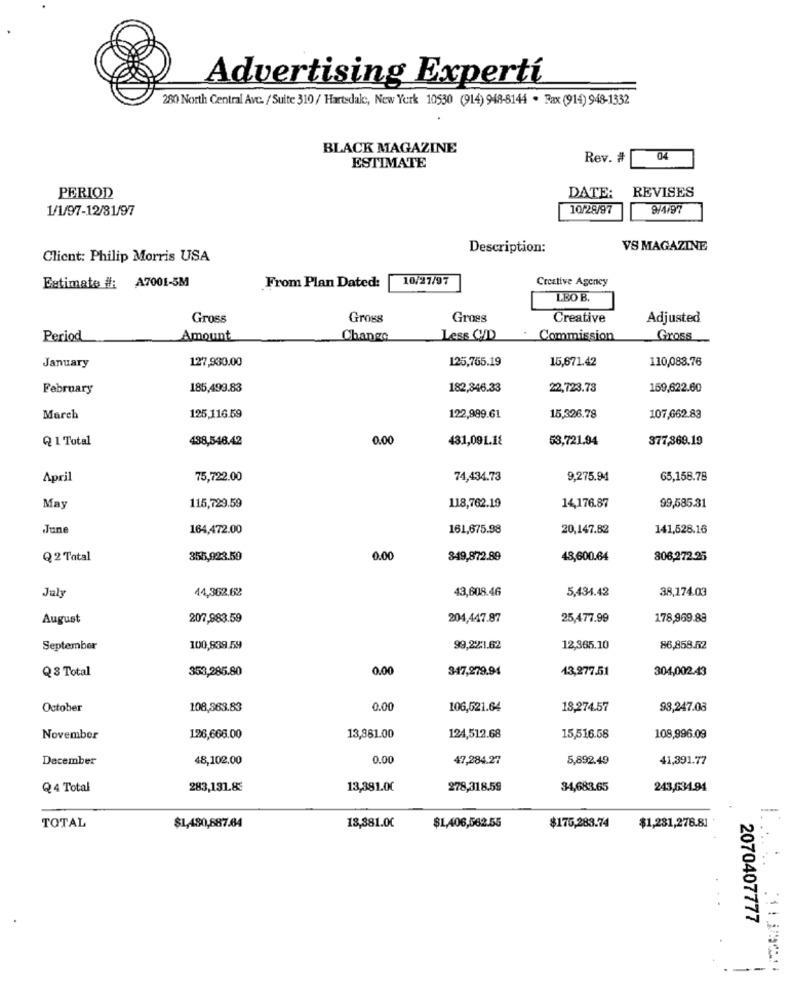
Advertising Expertí
280 North Central Ave. / Suite 310 / Hartsdale, New York 10530 (914) 948-8144 . Fax (914) 948-1332
BLACK MAGAZINE
Rev. #
04
ESTIMATE
DATE: REVISES
PERIOD
1/1/97-12/31/97
10/28/97
9/4/97
Description:
VS MAGAZINE
Client: Philip Morris USA
10/27/97
Creative Agency
Estimate #: A7001-5M
From Plan Dated:
LEO B.
Gross
Gross
Gross
Creative
Adjusted
Period
Amount
Change
Less CD
Commission
Gross
127,930.00
15,671.42
110,083.76
January
125,765.19
February
185,499.83
182,346.33
22,723.73
159,622.60
March
125,116.59
122,999.61
15,326.78
107,662.83
Q 1 Total
488,548.42
0.00
431,09L.18
53,721.94
377,369.19
April
75,722.00
74,434.73
9,275.94
65,158.78
14,176.87
May
115,729.59
118,762.19
99,585.31
June
164,472.00
161,675.98
20,147.82
141,528.16
Q 2 Tatal
355,923.59
0.00
349,872.89
48,600.64
806,272.25
44,362.62
43,608.46
5,434.42
38,174.03
July
August
207,983.59
204,447.87
25,477.99
178,969.88
September
100,839.59
99,221.62
12,365.10
86,858.52
Q 3 Total
353,285.80
0.00
347,279.94
13,277.51
304,002.43
October
108,363.83
0.00
106,521.64
18,274.57
98,247.08
November
126,668.00
13,881.00
124,512.68
15,516.58
108,996.09
December
48,102.00
0.00
47,284.27
5,892.49
41,391.77
Q 4 Total
283,131.8€
13,381.00
278,318.59
34,683.65
243,634.94
$1,281,278.81'
TOTAL
$1,480,687.64
18,381.00
$1,406,562.55
$176,283.74
2070407777
--